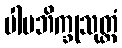
ပါပဘိက္ခုသုတ္တံ